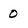
Character: 0